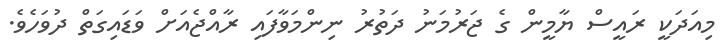
މިއަދަކީ ރައީސް ޔާމީން ގެ ޖަރުމަނު ދަތުރު ނިންމަވާފައި ރާއްޖެއަށް ވަޑައިގަތް ދުވަހެވެ.